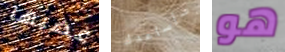
غضبها سأساعدك هو